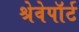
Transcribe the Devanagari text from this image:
श्रेवेपाॅर्ट